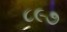
૮૯૭